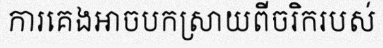
ការគេងអាចបកស្រាយពីចរិករបស់